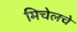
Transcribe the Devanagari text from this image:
मिचेलचे